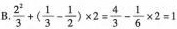
B.$$\frac { 2 ^ { 2 } } { 3 } + ( \frac { 1 } { 3 } - \frac { 1 } { 2 } ) \times 2 = \frac { 4 } { 3 } - \frac { 1 } { 6 } \times 2 = 1$$